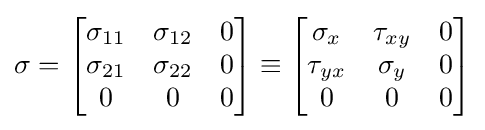
\sigma ={\begin{bmatrix}\sigma _{11}&\sigma _{12}&0\\\sigma _{21}&\sigma _{22}&0\\0&0&0\end{bmatrix}}\equiv {\begin{bmatrix}\sigma _{x}&\tau _{xy}&0\\\tau _{yx}&\sigma _{y}&0\\0&0&0\end{bmatrix}}